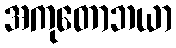
အကုတောဘယာ